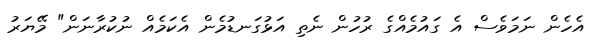
އެހެން ނަމަވެސް އެ ގައުމެއްގެ ރުހުން ނެތި އަޅުގަނޑުމެން އެކަމެއް ނުކުރާނަން" މޭޔަރު